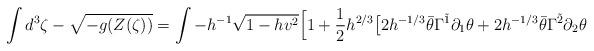
LaTeX: \begin{align*}\int d^3 \zeta - \sqrt{-g (Z(\zeta ) )} =\int - h^{-1} \sqrt{ 1 - hv^2 }\Big[ 1 + \frac{1}{2} h^{2/3} \big[ 2 h^{-1/3} \bar{\theta} \Gamma^{\tilde{1}} \partial_1 \theta + 2 h^{-1/3} \bar{\theta} \Gamma^{\tilde{2}} \partial_2 \theta \end{align*}